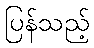
ပြန်သည့်